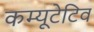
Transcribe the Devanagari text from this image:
कम्यूटेटिव